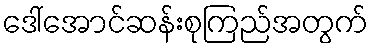
ဒေါ်အောင်ဆန်းစုကြည်အတွက်